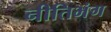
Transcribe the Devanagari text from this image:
नीतिभंग